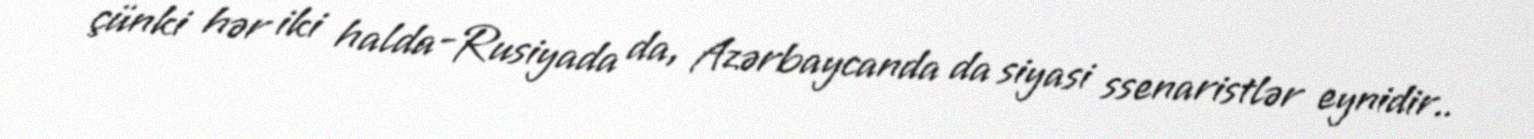
çünki hər iki halda-Rusiyada da, Azərbaycanda da siyasi ssenaristlər eynidir..